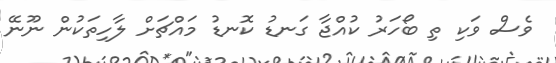
ވެސް ވަކި ތި ބޯހަރު ކުއްޖާ ގަނޑު ކޮނޑު މައްޗަށް ލާހިތަކުން ނޫނޭ